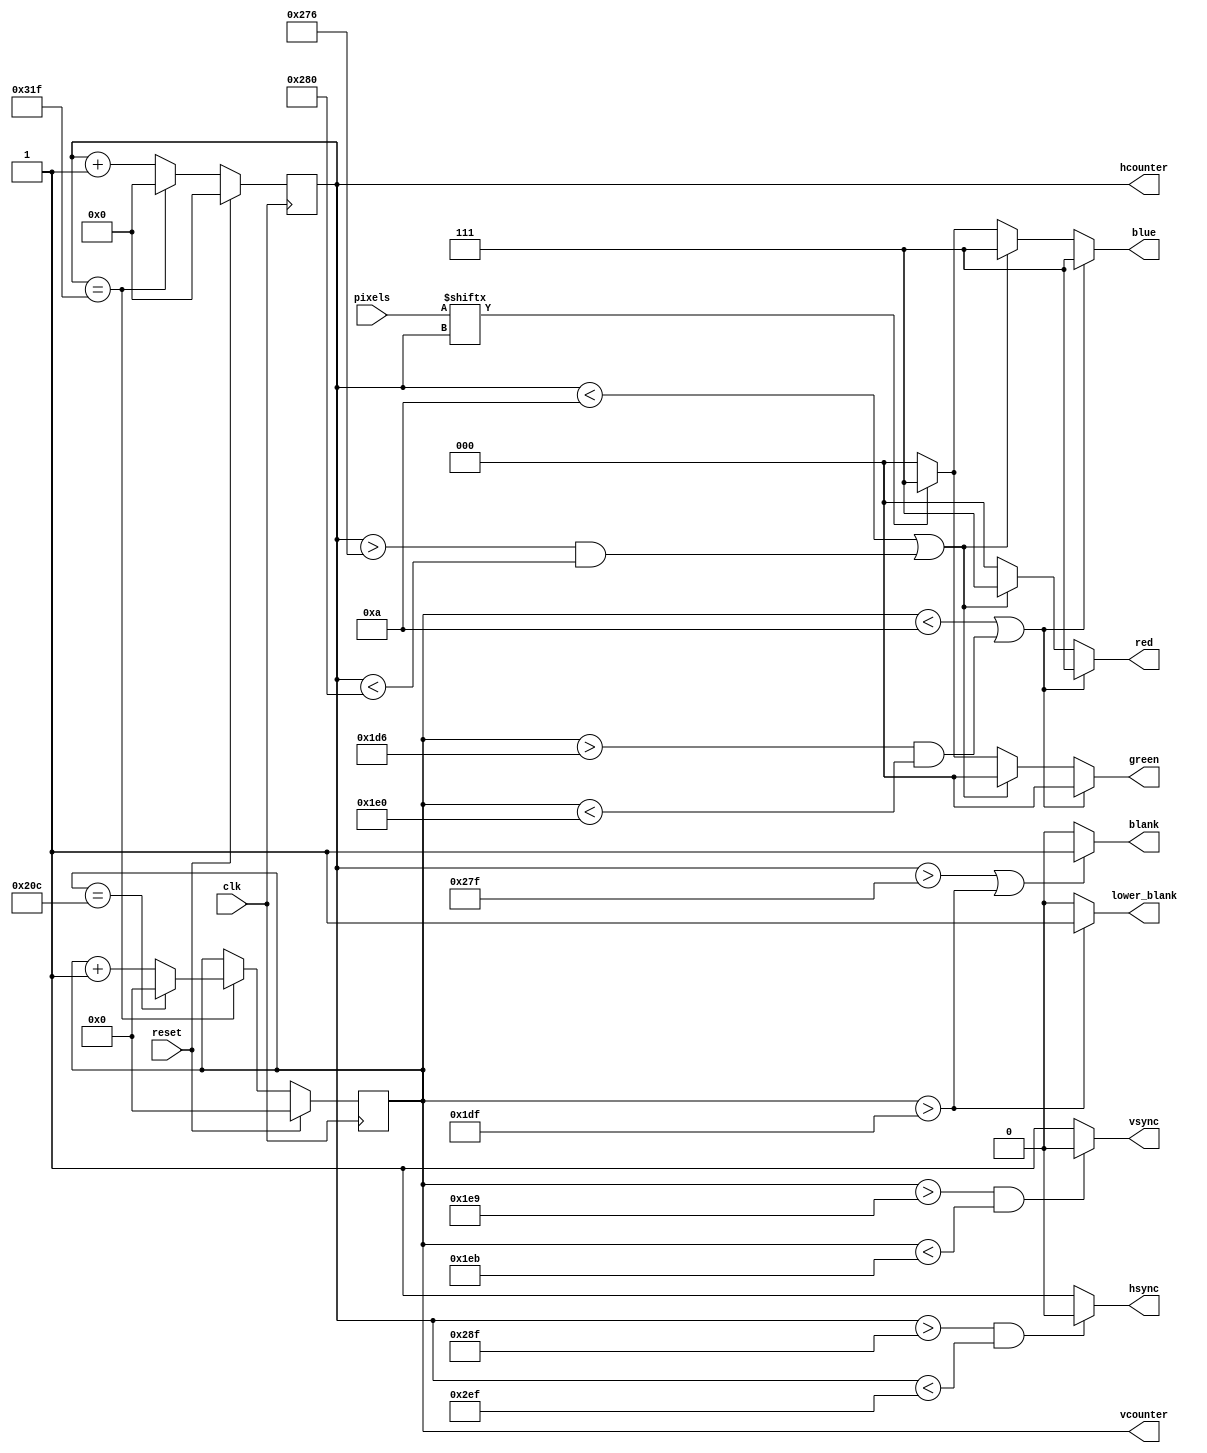
/*
generate test pattern at 640 x 480 @ 60Hz

total pixels is 800 x 525 @ 60Hz = 25.2Mhz = 39.6ns

Timings from :

* http://hamsterworks.co.nz/mediawiki/index.php/VGA_timings
* http://web.mit.edu/6.111/www/s2004/NEWKIT/vga.shtml

code adapted from VHDL :

* http://hamsterworks.co.nz/mediawiki/index.php/FPGA_VGA
* http://hamsterworks.co.nz/mediawiki/index.php/Dvid_test#vga.vhd

Horizontal Timing
640     h visible
16      front
96      sync
48      back
800     whole
-       hsync

Vertical Timing

480     v visible
10      front
2       sync
33      back
525     whole
-       vsync

45 blank lines at the bottom, 800 pix wide = 36k clocks for other things

*/
`default_nettype none
module vga (
	input wire clk,
    input wire reset,
    input wire [7:0] pixels,
    output reg [2:0] red,
    output reg [2:0] green,
    output reg [2:0] blue,
    output reg [10:0] hcounter,
    output reg [9:0] vcounter,
    output reg hsync,
    output reg vsync,
    output reg blank,
    output reg lower_blank
    );

    localparam border_w = 10;

	always@(hcounter or vcounter) begin // results in a note about combinatorial logic
        // black everywhere
        red   <= 3'b000;
        green <= 3'b000;
        blue  <= 3'b000;

        // sync
        hsync <= 1'b1;
        vsync <= 1'b1;
        blank <= 1'b0;
        lower_blank <= 1'b0;

        // sync pulses
        if(hcounter > 655 && hcounter < 751)
           hsync <= 1'b0;
        if(vcounter > 489 && vcounter < 491)
           vsync <= 1'b0;
        // blank is whenever outside of viewable area
        if(hcounter > 639 || vcounter > 479)
           blank <= 1'b1;
        if(vcounter > 479 )
           lower_blank <= 1'b1;

        // top and bottom border
        if(vcounter < border_w || ( vcounter > 480 - border_w && vcounter < 480)) begin
                red <= 3'b111;
                green <= 3'b000;
                blue <= 3'b111;
        end else // left and right border
        if(hcounter < border_w || ( hcounter > 640 - border_w && hcounter < 640)) begin
            red <= 3'b111;
            green <= 3'b000;
            blue <= 3'b111;
        end else // data from pixel register
        if(pixels[hcounter])  begin
            red <= 3'b000;
            green <= 3'b111;
            blue <= 3'b111;
        end 

    end

    // increment counters and wrap them
    always@(posedge clk) begin
        if(reset == 1) begin
            hcounter <= 0;
            vcounter <= 0;
        end else if(hcounter == 799) begin
            hcounter <= 0;
            if(vcounter == 524) begin
                vcounter <= 0;
            end else
                vcounter <= vcounter + 1;
            end
        else
            hcounter <= hcounter + 1;
    end
endmodule